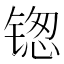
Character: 𬭥